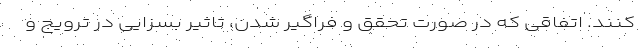
کنند. اتفاقی که در صورت تحقق و فراگیر شدن، تاثیر بسزایی در ترویج و